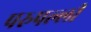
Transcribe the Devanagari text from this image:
परुपल्ली